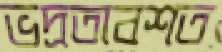
ভদ্রতাবশত